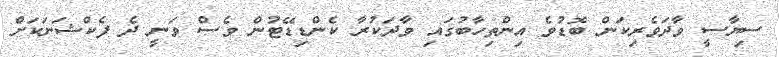
ސިޔާސީ ވާދަވެރިކަން ބޮޑުވެ އިންތިހާބުގައި ވާދަކުރާ ކެންޑިޑޭޓުން ވެސް ވަނީ ދެ ފެކްޝަނަކަށް